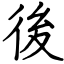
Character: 後